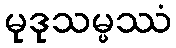
မုဒုသမ္ဖဿံ